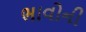
ભાવોની